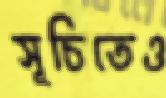
সূচিতেও